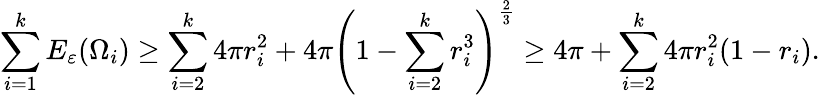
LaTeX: \sum_{i=1}^{k}E_{\varepsilon}(\Omega_{i})\geq\sum_{i=2}^{k}4\pi r_{i}^{2}+4\pi\left(1-\sum_{i=2}^{k}r_{i}^{3}\right)^{\frac{2}{3}}\geq 4\pi+\sum_{i=2}^{k}4\pi r_{i}^{2}(1-r_{i}).